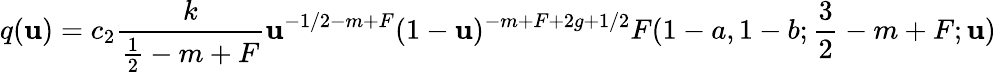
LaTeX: q(\mathbf{u})=c_{2}\frac{k}{{\frac{1}{2}-m+F}}\mathbf{u}^{-1/2-m+F}(1-\mathbf{u})^{-m+F+2g+1/2}F(1-a,1-b;\frac{3}{2}-m+F;\mathbf{u})